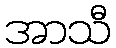
အာသီ